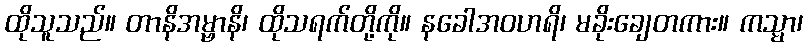
ထိုသူသည်။ တာနိအမ္ဗာနိ၊ ထိုသရက်တို့ကို။ နခေါအဝဟရိ၊ မခိုးချေတကား။ ကသ္မာ၊